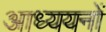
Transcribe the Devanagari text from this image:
आध्ययनों